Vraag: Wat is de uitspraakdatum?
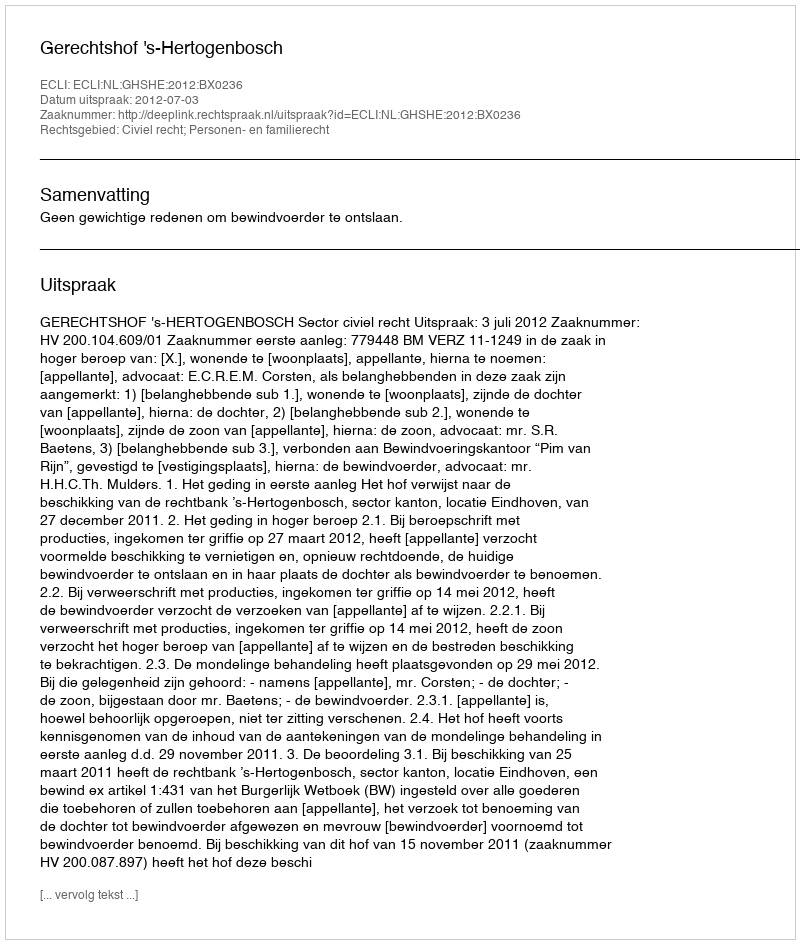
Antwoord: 2012-07-03